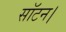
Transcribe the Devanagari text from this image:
सॉटन।